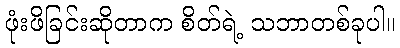
ဖုံးဖိခြင်းဆိုတာက စိတ်ရဲ့ သဘာတစ်ခုပါ။